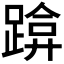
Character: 𰸡